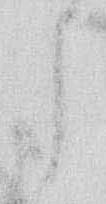
う